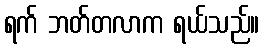
ရက် ဘတ်တလာက ရယ်သည်။